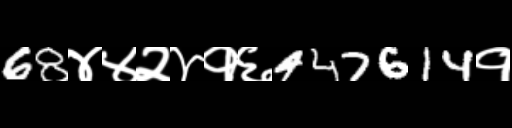
Text: 68४४२४१६447614१